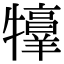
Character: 𤜀